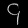
Digit: ၄